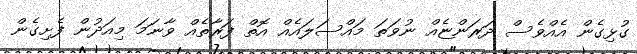
ގުޅިގެން އެއްވެސް ދަރަންޏެއް ނުވަތަ މައްސަލައެއް އޮތް ފަރާތެއް ވާނަމަ މިއަދުން ފެށިގެން